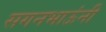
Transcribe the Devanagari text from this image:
सगनभाऊंनी